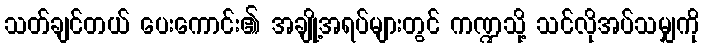
သတ်ချင်တယ် ပေးကောင်း၏ အချို့အရပ်များတွင် ကဏ္ဍသို့ သင်လိုအပ်သမျှကို